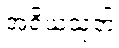
အရိယသုတ်